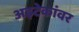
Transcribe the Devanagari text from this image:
अझ्टेकांवर